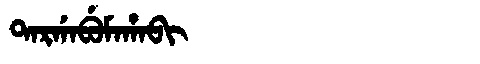
Manchu: ᡨᠠᡵᡤᠠᠪᡠᠮᠠᡥᠠᠪᡳ
Romanization: TARGABUMAHABI